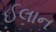
ઈલાન